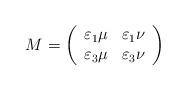
LaTeX: \begin{align*}M=\left( \begin{array}{cc}\varepsilon_1\mu& \varepsilon_1\nu \\\varepsilon_3\mu&\varepsilon_{3}\nu \end{array}\right) \end{align*}